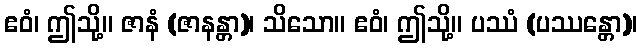
ဧဝံ၊ ဤသို့။ ဇာနံ (ဇာနန္တာ)၊ သိသော။ ဧဝံ၊ ဤသို့။ ပဿံ (ပဿန္တော)၊